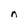
Character: n